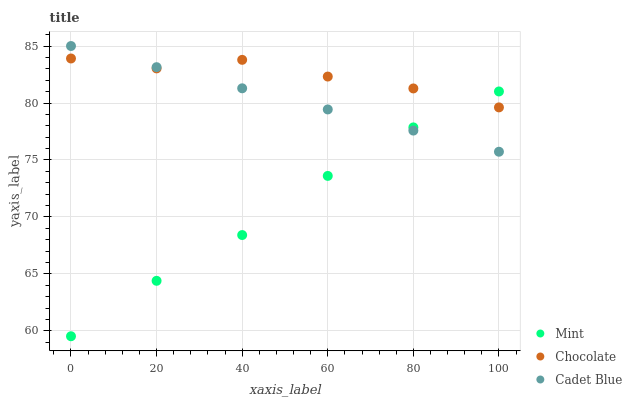
| xaxis_label | Mint | Chocolate | Cadet Blue |
 | --- | --- | --- | --- |
 | 0 | 59.5 | 83.9 | 85 |
 | 20 | 64.4 | 83 | 83.1 |
 | 40 | 68.4 | 83.8 | 81.3 |
 | 60 | 73.6 | 82.3 | 79.4 |
 | 80 | 77.9 | 81.3 | 77.6 |
 | 100 | 81 | 79.6 | 75.7 |